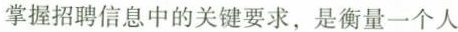
掌握招聘信息中的关键要求,是衡量一个人